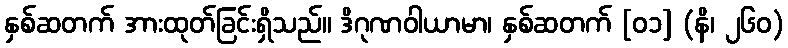
နှစ်ဆတက် အားထုတ်ခြင်းရှိသည်။ ဒိဂုဏဝါယာမာ၊ နှစ်ဆတက် [၀၁] (နိ၊ ၂၆၀)